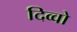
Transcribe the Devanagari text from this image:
दिव्वो